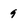
Character: 9